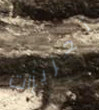
تعزيزات